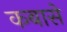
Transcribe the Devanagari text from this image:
कबासे